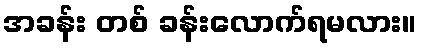
အခန်း တစ် ခန်းလောက်ရမလား။